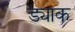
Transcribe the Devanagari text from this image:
ड्याक